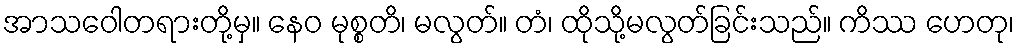
အာသဝေါတရားတို့မှ။ နေဝ မုစ္စတိ၊ မလွတ်။ တံ၊ ထိုသို့မလွတ်ခြင်းသည်။ ကိဿ ဟေတု၊